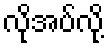
လိုအပ်လို့